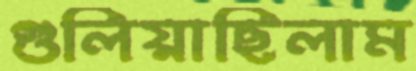
গুলিয়াছিলাম